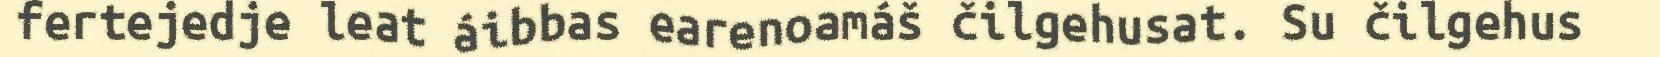
fertejedje leat áibbas earenoamáš čilgehusat. Su čilgehus